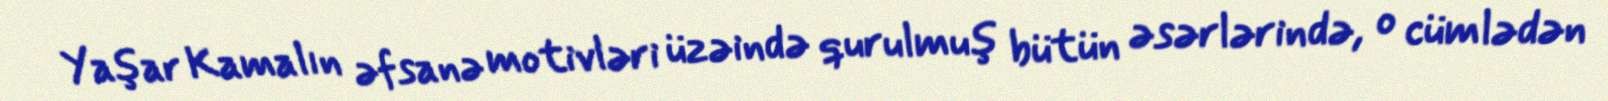
Yaşar Kamalın əfsanə motivləri üzəində qurulmuş bütün əsərlərində, o cümlədən